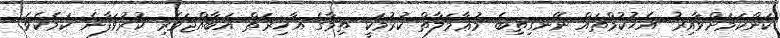
ކަންކަމަށްވާއިރު އެޙުކުމްތައް ނޭނގިތިބެ މުޢާމަލާތް ކުރުމަކީ ތިމާގެ އާޚިރަތް އަބާއްޖަވެރި ކުރުވަފާނެ ކަމެކެވެ.